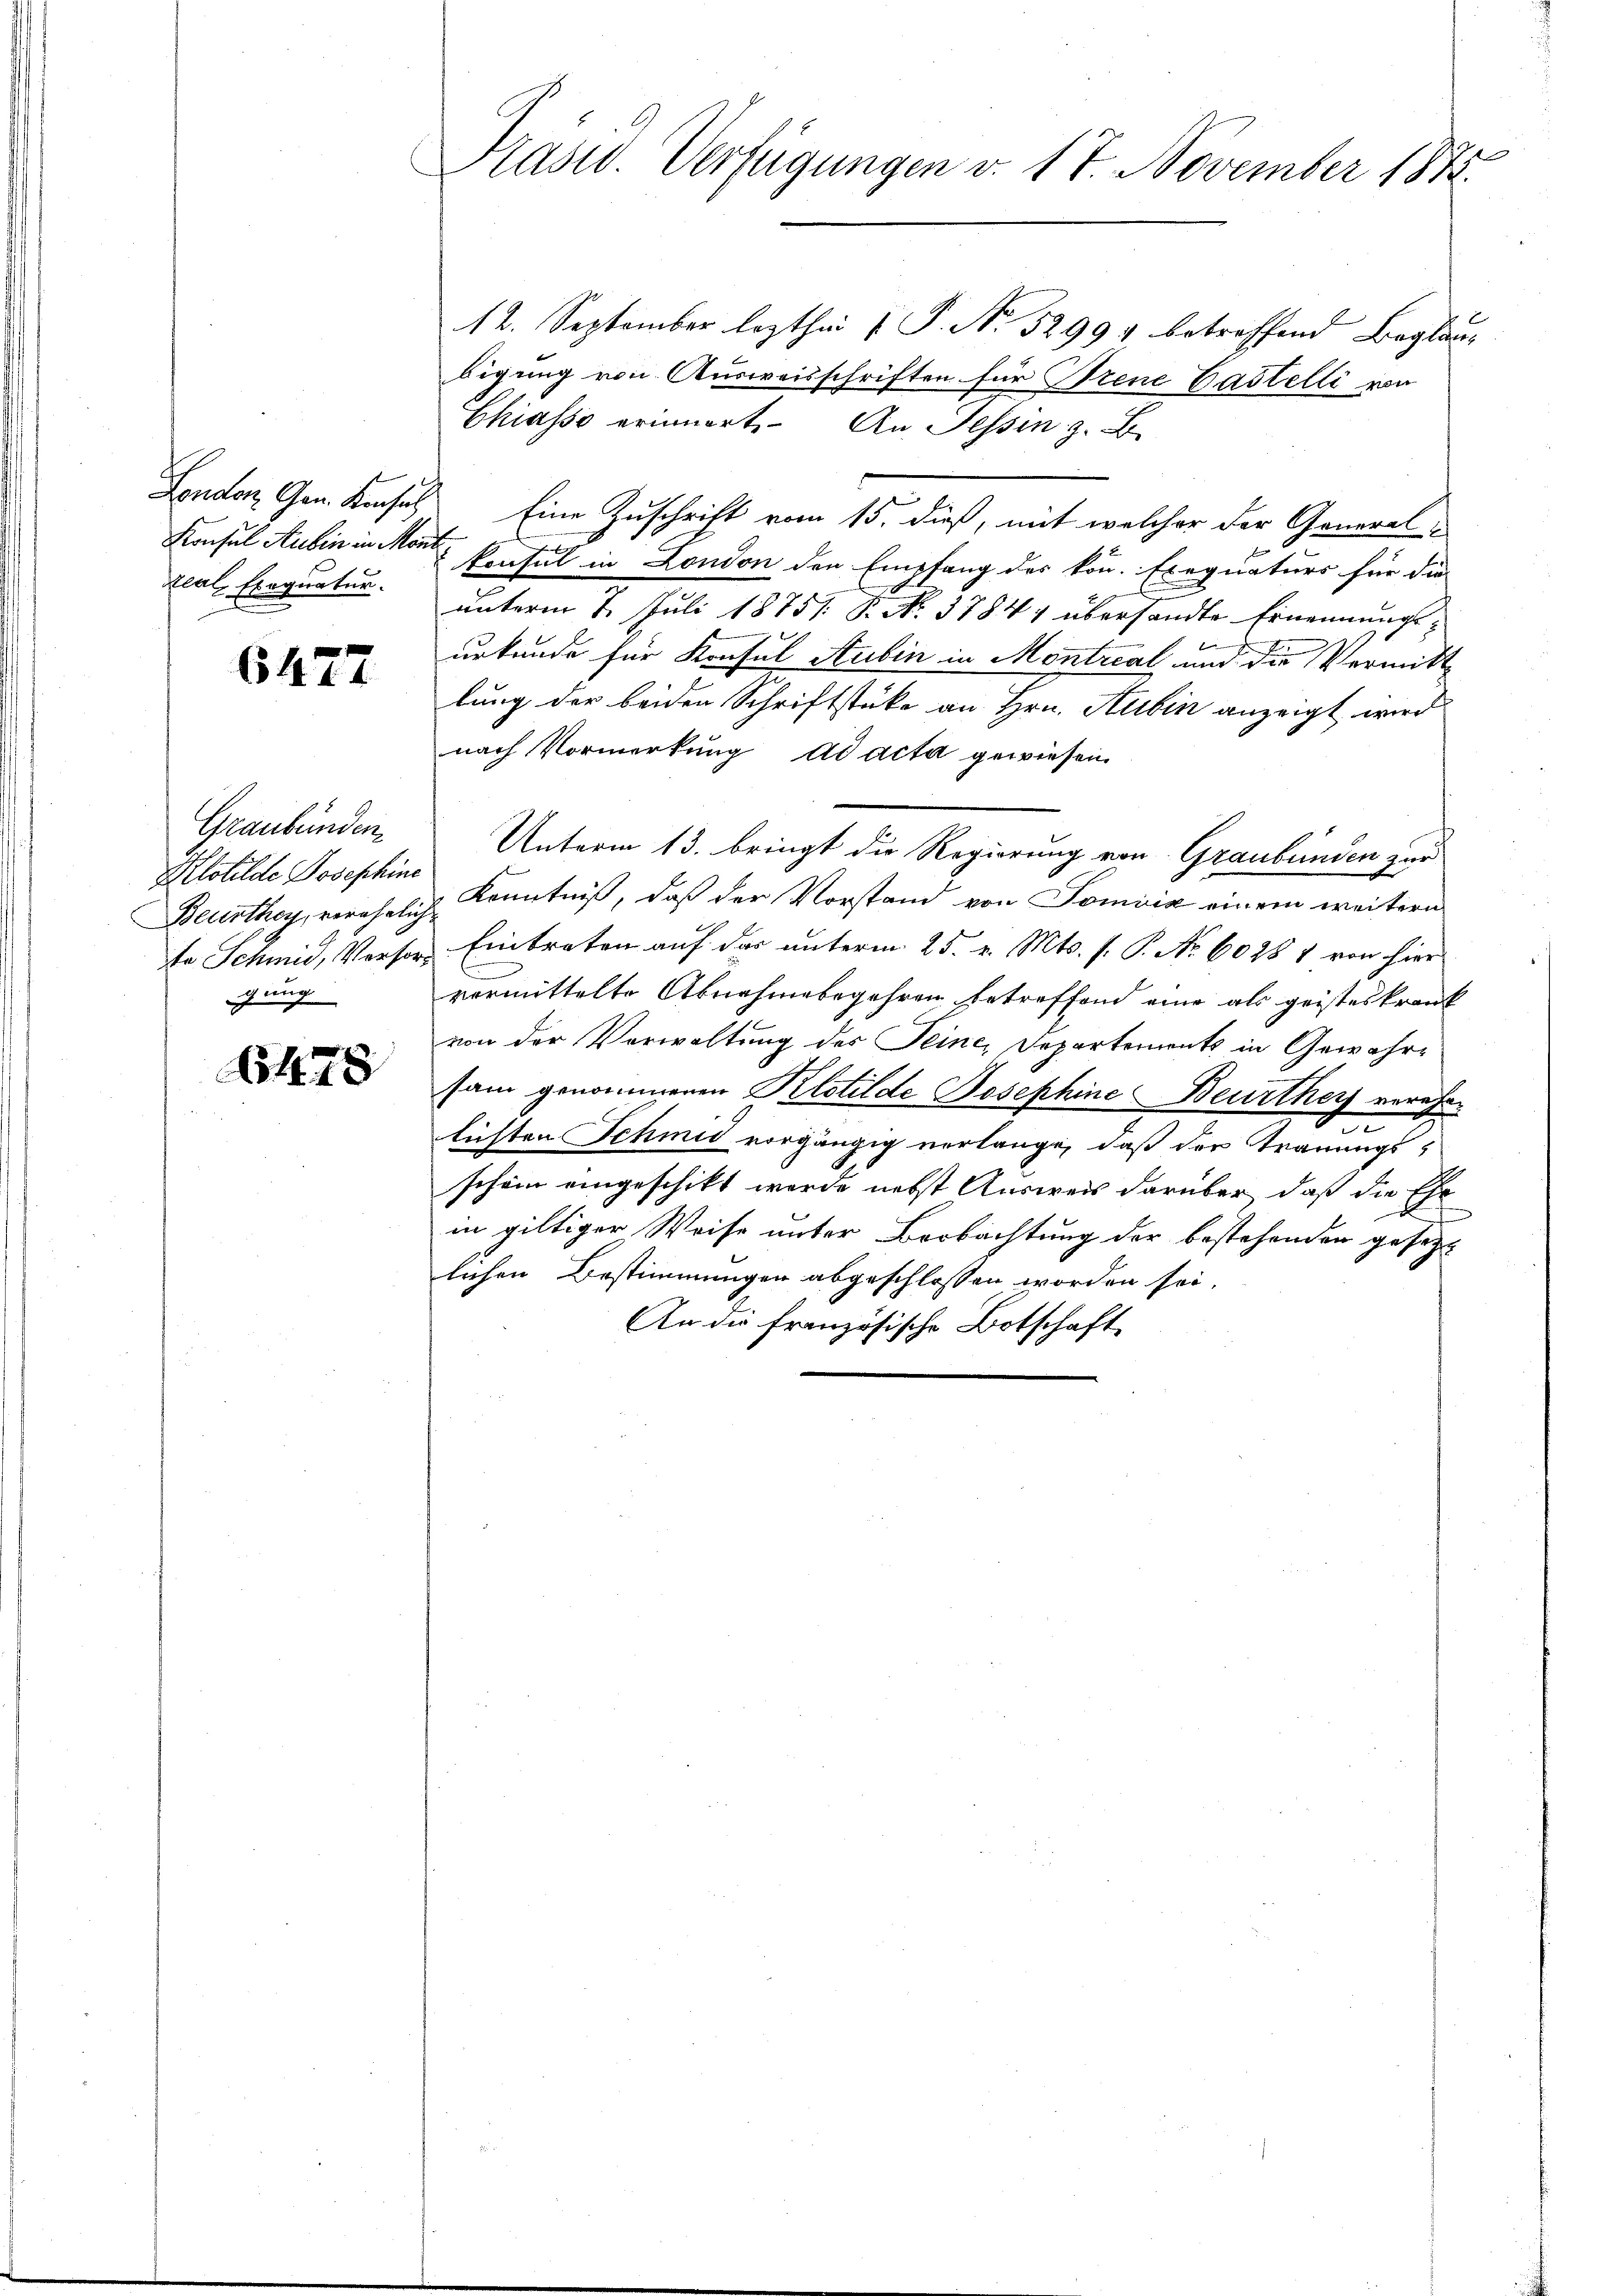
Real, Exequatur.

6477

Graubünden.
Plotilde Josephine
Beurthey, verehelich.
gung

678

t
Präsid. Verfügungen v. 17. November 1875.

12. September lezthin 7 P. Nr. 52994 betreffend Beglaubigung von Ausweisschriften für Trene Gastelli von
Chiasso erinnert. An Tessin z. B.
London, Gen. Konsul Eine Zuschrift vom 15. dieß, mit welcher der General-
Konsul Aubin in Monte Eintel in London den Empfang des kon. Exequaturs für die
unterm 7. Juli 18751 S. No. 37841 übersandte Ernennungsb
urkunde für Konsul Stubin in Montreal und die Vermittlung der beiden Schriftstüke an Hrn. Aubin anzeigt wird.
nach Vormerkung ad acta gewiesen
Unterm 13. bringt die Regierung von Graubünden zur
 Kenntniß, daß der Vorstand von Tomiiz einem weitern
te Schmid, Versor Eintreten auf das unterm 25. v. Mts. s. P. Nr. 6028 1 von hiers
vormittelte Abnahmebegehren betreffend eine als geisteskrank
von der Verwaltung des Seine, Departements in Gewährsam genommenen Klotilde Josephine Beurthey verehelichten Schmid vorgängig verlange, daß der Trauungsschein eingeschikt werde nebst Ausweis darüber, daß die Ehe
in giltiger Weise unter Beobachtung der bestehenden gesetzt
lichen Bestimmungen abgeschlossen worden sei.
An die französische Botschaft